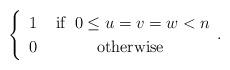
LaTeX: \begin{align*}\begin{cases}\begin{array}{cc}1 & \mbox{ if }\:0\le u=v=w<n\\0 & \mbox{otherwise}\end{array}.\end{cases}\end{align*}